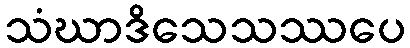
သံဃာဒိသေသဿပေ